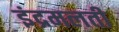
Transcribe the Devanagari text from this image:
इंद्रमलती